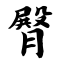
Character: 臀